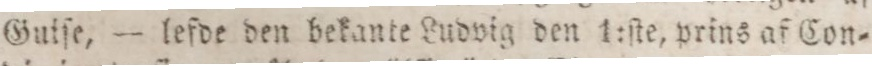
Guiſe, — lefde den bekante Ludvig den 1:ſte, prins af Con=